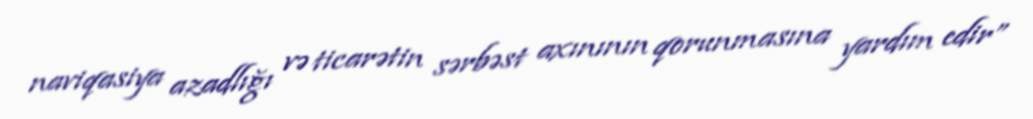
naviqasiya azadlığı və ticarətin sərbəst axınının qorunmasına yardım edir”